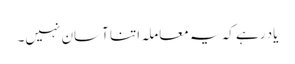
یاد رہے کہ یہ معاملہ اتنا آسان نہیں۔